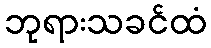
ဘုရားသခင်ထံ